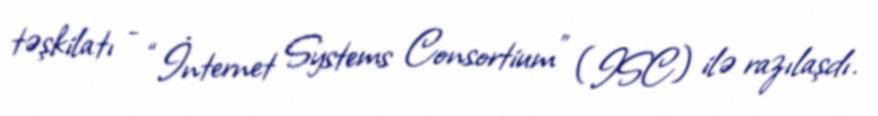
təşkilatı - “İnternet Systems Consortium” (ISC) ilə razılaşdı.